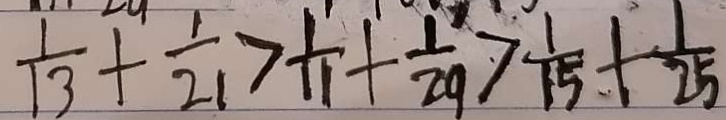
\frac { 1 } { 1 3 } + \frac { 1 } { 2 1 } > \frac { 1 } { 1 1 } + \frac { 1 } { 2 9 } > \frac { 1 } { 1 5 } + \frac { 1 } { 2 5 }